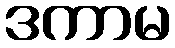
ဒကာမ